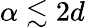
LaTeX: \alpha\lesssim 2d